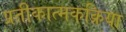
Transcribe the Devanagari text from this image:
प्रतीकात्मकक्रिया